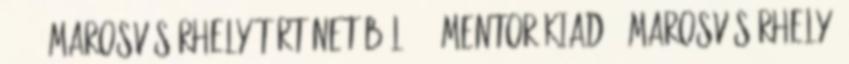
22. ↑ Marosvásárhely történetéből 2 – Mentor Kiadó, Marosvásárhely,